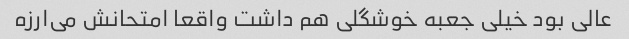
عالی بود خیلی جعبه خوشگلی هم داشت واقعا امتحانش می‌ارزه